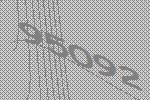
95092